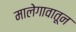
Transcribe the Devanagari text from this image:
मालेगावातून